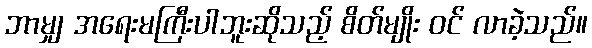
ဘာမျှ အရေးမကြီးပါဘူးဆိုသည့် စိတ်မျိုး ဝင် လာခဲ့သည်။